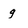
Character: g